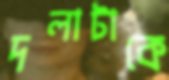
দলাটাকে